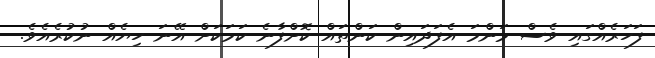
ފަހަރެއްގައި ވެސް މަންމަ އެފަދައިން ކަންތައް ކޮށްފާނެ ކަމަކަށް އޭނަ ހިޔެއް ނުކުރެއެވެ.